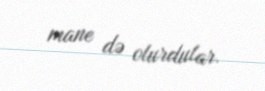
mane də olurdular.